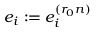
e _ { i } : = e _ { i } ^ { ( r _ { 0 } n ) }